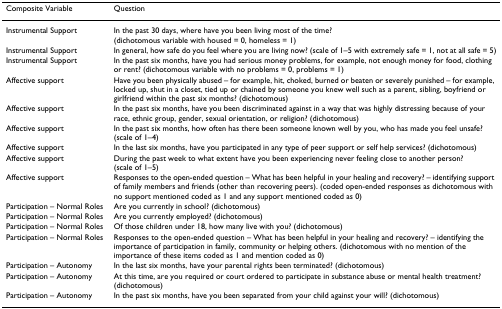
| Composite Variable | Question |
 | --- | --- |
 | Instrumental Support | In the past 30 days, where have you been living most of the time? (dichotomous variable with housed = 0, homeless = 1) |
 | Instrumental Support | In general, how safe do you feel where you are living now? (scale of 1–5 with extremely safe = 1, not at all safe = 5) |
 | Instrumental Support | In the past six months, have you had serious money problems, for example, not enough money for food, clothing or rent? (dichotomous variable with no problems = 0, problems = 1) |
 | Affective support | Have you been physically abused – for example, hit, choked, burned or beaten or severely punished – for example, locked up, shut in a closet, tied up or chained by someone you knew well such as a parent, sibling, boyfriend or girlfriend within the past six months? (dichotomous) |
 | Affective support | In the past six months, have you been discriminated against in a way that was highly distressing because of your race, ethnic group, gender, sexual orientation, or religion? (dichotomous) |
 | Affective support | In the past six months, how often has there been someone known well by you, who has made you feel unsafe? (scale of 1–4) |
 | Affective support | In the last six months, have you participated in any type of peer support or self help services? (dichotomous) |
 | Affective support | During the past week to what extent have you been experiencing never feeling close to another person? (scale of 1–5) |
 | Affective support | Responses to the open-ended question – What has been helpful in your healing and recovery? – identifying support of family members and friends (other than recovering peers). (coded open-ended responses as dichotomous with no support mentioned coded as 1 and any support mentioned coded as 0) |
 | Participation – Normal Roles | Are you currently in school? (dichotomous) |
 | Participation – Normal Roles | Are you currently employed? (dichotomous) |
 | Participation – Normal Roles | Of those children under 18, how many live with you? (dichotomous) |
 | Participation – Normal Roles | Responses to the open-ended question – What has been helpful in your healing and recovery? – identifying the importance of participation in family, community or helping others. (dichotomous with no mention of the importance of these items coded as 1 and mention coded as 0) |
 | Participation – Autonomy | In the last six months, have your parental rights been terminated? (dichotomous) |
 | Participation – Autonomy | At this time, are you required or court ordered to participate in substance abuse or mental health treatment? (dichotomous) |
 | Participation – Autonomy | In the past six months, have you been separated from your child against your will? (dichotomous) |